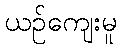
ယဉ်ကျေးမူ